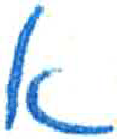
אות: א